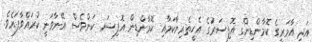
އަދި އާމަރީގެ ކޮމާންޑިންގ އޮފިސަރުގެ އެހީތެރިޔާކަމާއި ކޮމާންޑިން އޮފިސަރ ކަންވެސް އޭނާވަނީ ކުރައްވާފައެވެ.